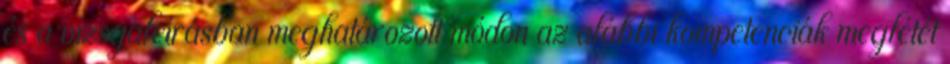
és a vizsgaleírásban meghatározott módon az alábbi kompetenciák meglétét